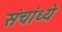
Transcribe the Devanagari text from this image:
संचांध्ये